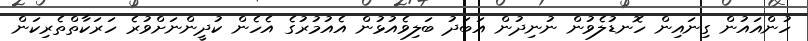
ހުންއައުން ގިނައިން ހޮނޑުލެވުން ނުނިދުން އަބަދު ބަލިވެއުޅުން އެއުމުރުގެ އެހެން ކުދީންނަށްވުރެ ހަރަކާތްތެރިކަން